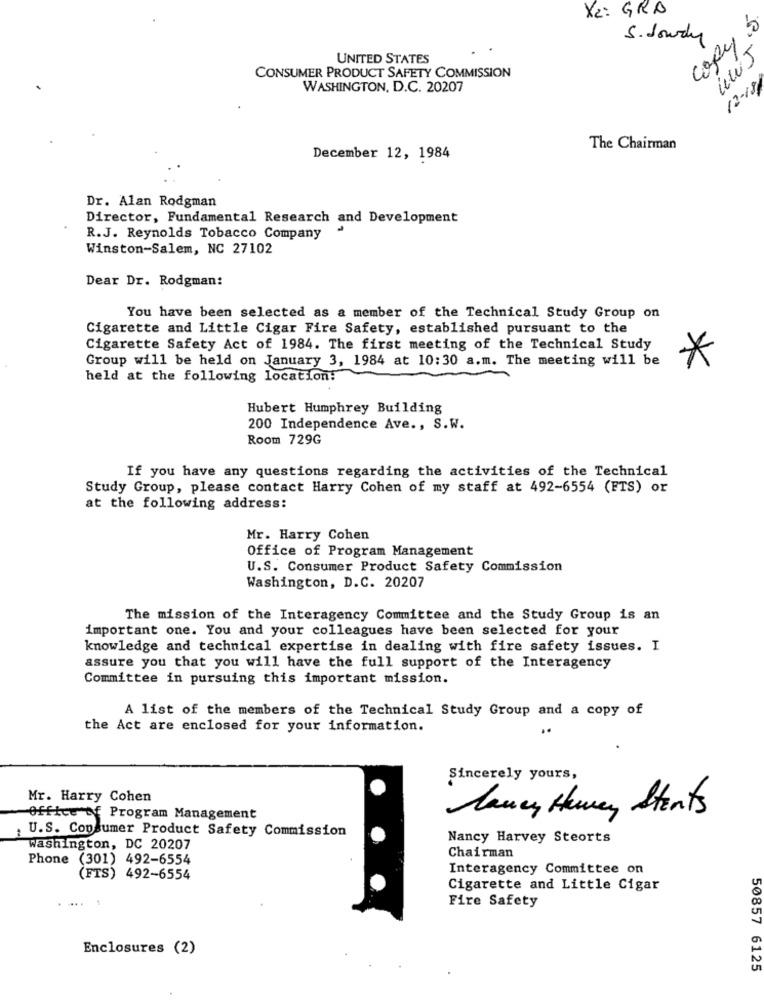
X2: GRA
copy
S. dowdy
UNITED STATES
CONSUMER PRODUCT SAFETY COMMISSION
12 - 18
WASHINGTON, D.C. 20207
The Chairman
December 12, 1984
Dr. Alan Rodgman
Director, Fundamental Research and Development
R.J. Reynolds Tobacco Company
Winston-Salem, NC 27102
Dear Dr. Rodgman:
You have been selected as a member of the Technical Study Group on
Cigarette and Little Cigar Fire Safety, established pursuant to the
Cigarette Safety Act of 1984. The first meeting of the Technical Study
Group will be held on January 3, 1984 at 10:30 a.m. The meeting will be
*
held at the following location:
Hubert Humphrey Building
200 Independence Ave ., S.W.
Room 729G
If you have any questions regarding the activities of the Technical
Study Group, please contact Harry Cohen of my staff at 492-6554 (FTS) or
at the following address:
Mr. Harry Cohen
Office of Program Management
U.S. Consumer Product Safety Commission
Washington, D.C. 20207
The mission of the Interagency Committee and the Study Group is an
important one. You and your colleagues have been selected for your
knowledge and technical expertise in dealing with fire safety issues. I
assure you that you will have the full support of the Interagency
Committee in pursuing this important mission.
A list of the members of the Technical Study Group and a copy of
the Act are enclosed for your information.
..
Sincerely yours,
Mr. Harry Cohen
Laney Hewer Stents
Office of Program Management
U.S. Consumer Product Safety Commission
Nancy Harvey Steorts
Washington, DC 20207
Phone (301) 492-6554
Chairman
Interagency Committee on
(FTS) 492-6554
Cigarette and Little Cigar
Fire Safety
Enclosures (2)
50857 6125